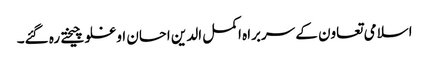
اسلامی تعاون کے سربراہ اکمل الدین احسان اوغلو چیختے رہ گئے۔